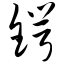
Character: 锷